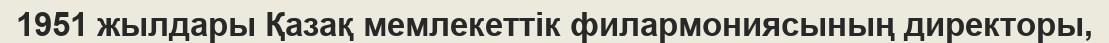
1951 жылдары Қазақ мемлекеттік филармониясының директоры,